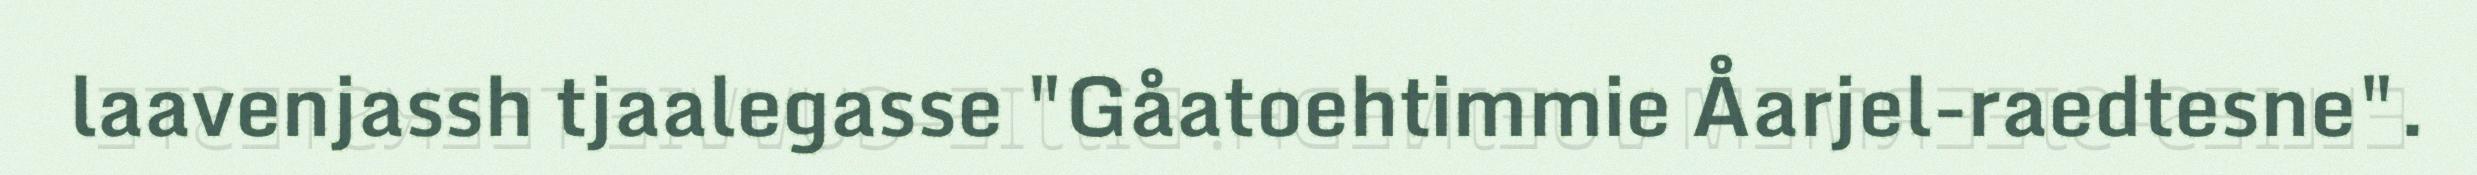
laavenjassh tjaalegasse "Gåatoehtimmie Åarjel-raedtesne".